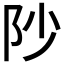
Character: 𮤻